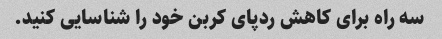
سه راه برای کاهش ردپای کربن خود را شناسایی کنید.